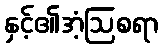
နှင့်၏အံ့ဩစရာ